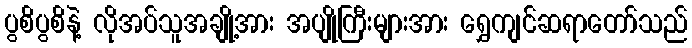
ပွစိပွစိနဲ့ လိုအပ်သူအချို့အား အပျိုကြီးများအား ရွှေကျင်ဆရာတော်သည်